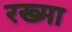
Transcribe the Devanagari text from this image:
रख्मा